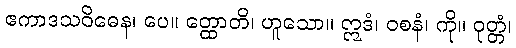
ဧကာဒသဝိဓေန၊ ပေ။ တ္ထောတိ၊ ဟူသော။ ဣဒံ၊ ဝစနံ၊ ကို။ ဝုတ္တံ၊